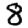
Digit: 8